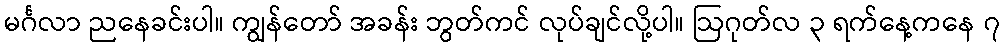
မင်္ဂလာ ညနေခင်းပါ။ ကျွန်တော် အခန်း ဘွတ်ကင် လုပ်ချင်လို့ပါ။ ဩဂုတ်လ ၃ ရက်နေ့ကနေ ၇